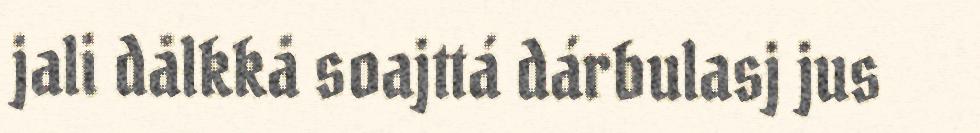
jali dålkkå soajttá dárbulasj jus